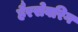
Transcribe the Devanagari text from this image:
हैरसेवरिग